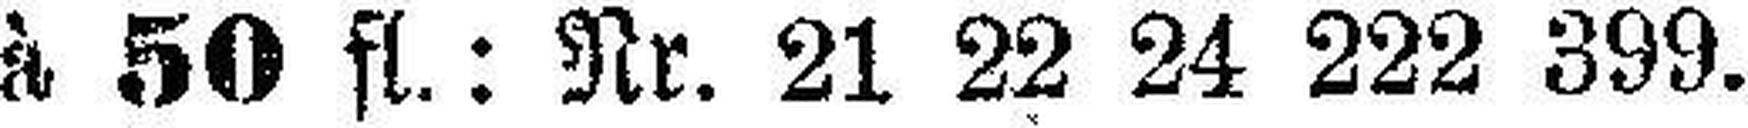
à 50 fl.: Nr. 21 22 24 222 399.